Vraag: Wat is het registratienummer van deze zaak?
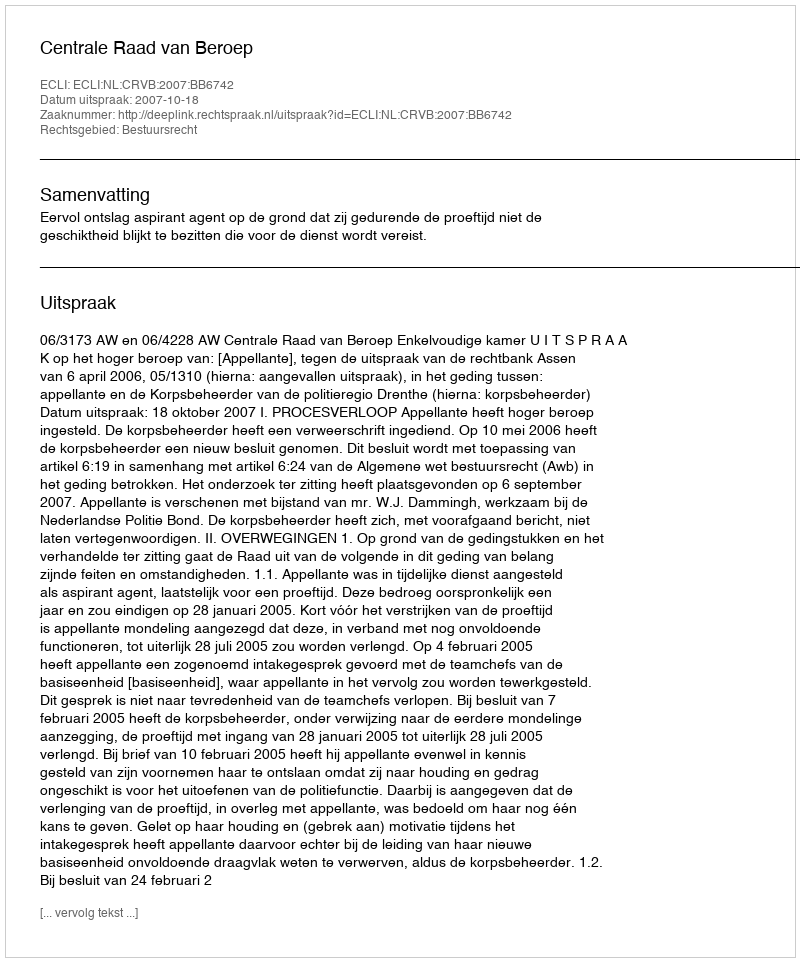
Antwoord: http://deeplink.rechtspraak.nl/uitspraak?id=ECLI:NL:CRVB:2007:BB6742